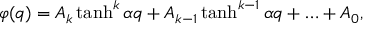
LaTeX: \varphi ( q ) = A _ { k } \operatorname { t a n h } ^ { k } { \alpha q } + A _ { k - 1 } \operatorname { t a n h } ^ { k - 1 } { \alpha q } + \ldots + A _ { 0 } ,